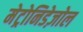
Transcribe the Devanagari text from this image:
मेट्रोनिडेज़ोल